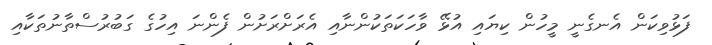
ފަޅުވިކަން އެނގެނީ މީހުން ކިޔައި އުޅޭ ވާހަކަތަކުންނާއި އެރަށްރަށުން ފެންނަ އިހުގެ ގަބުރުސްތާނުތަކާއި